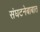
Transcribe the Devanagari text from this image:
संघटनेबाबात